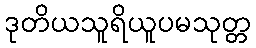
ဒုတိယသူရိယူပမသုတ္တ